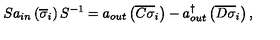
S a _ { i n } \left( \overline { { \sigma } } _ { i } \right) S ^ { - 1 } = a _ { o u t } \left( \overline { { C \sigma } } _ { i } \right) - a _ { o u t } ^ { \dagger } \left( \overline { { D \sigma } } _ { i } \right) ,